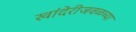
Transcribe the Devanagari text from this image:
खांदेरीजवळच्या